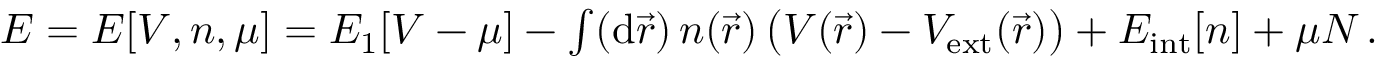
\begin{array} { r } { E = E [ V , n , \mu ] = E _ { 1 } [ V - \mu ] - \int ( \mathrm { d } \vec { r } ) \, n ( \vec { r } ) \, \big ( V ( \vec { r } ) - V _ { \mathrm { e x t } } ( \vec { r } ) \big ) + E _ { \mathrm { i n t } } [ n ] + \mu N \, . } \end{array}